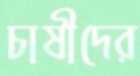
চাষীদের